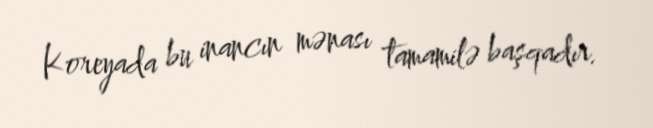
Koreyada bu inancın mənası tamamilə başqadır.